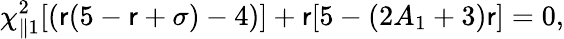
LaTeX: \chi_{\parallel1}^{2}[(\mathsf{r}(5-\mathsf{r}+\sigma)-4)]+\mathsf{r}[5-(2A_{1}+3)\mathsf{r}]=0,